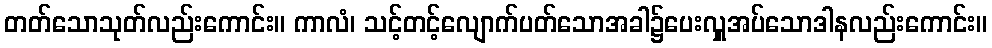
တတ်သောသုတ်လည်းကောင်း။ ကာလံ၊ သင့်တင့်လျောက်ပတ်သောအခါ၌ပေးလှူအပ်သောဒါနလည်းကောင်း။